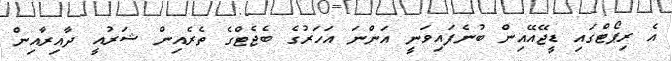
އެ ރިޕޯޓްގައި ޑީޖޭއޭއިން ބުނެފައިވަނީ އަންނަ އަހަރުގެ ބެޖެޓްގެ ތެރެއިން ޝަރުއީ ދާއިރާއިން